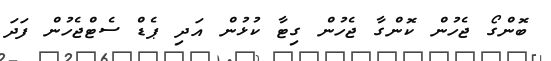
ބޮންގޯ ޖެހުން ކޮންގާ ޖެހުން ގިޓާ ކުޅުން އަދި ޕެޑް ސެޓްޖެހުން ފަދަ